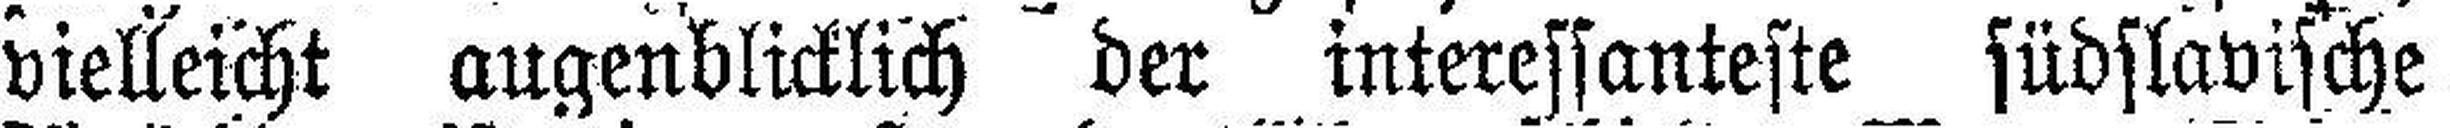
vielleicht augenblicklich der interessanteste südslavische